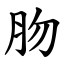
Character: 肳